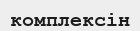
комплексін